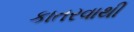
કાતરવાથી